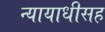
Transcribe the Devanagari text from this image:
न्यायाधीसह